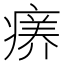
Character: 𤸜